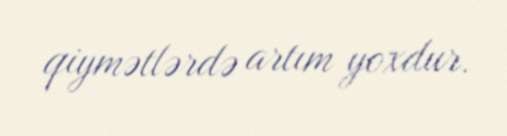
qiymətlərdə artım yoxdur.